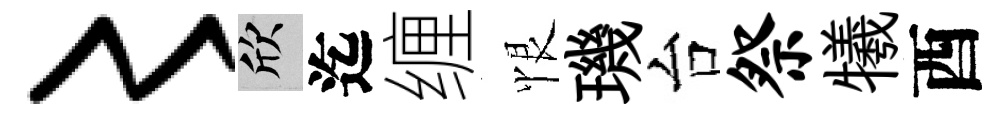
〻欣迄缠恨璣台祭犧酉